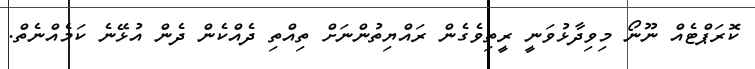
ކޮރަޕްޓެއް ނޫނޯ މިވިދާޅުވަނީ ރީތިވެގެން ރައްޔިތުންނަށް ތިއްތި ދެއްކެން ދެން އުޅޭނެ ކަމެއްނެތް.